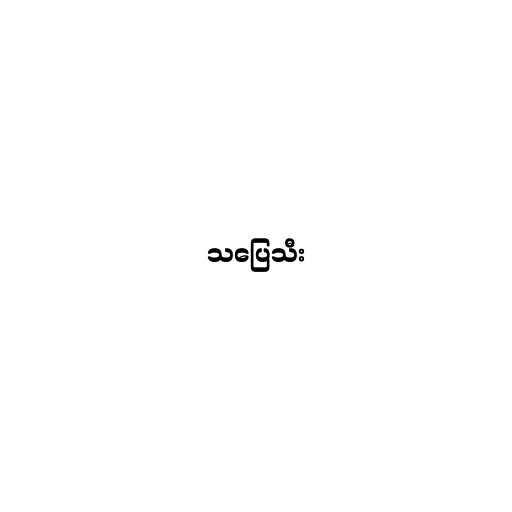
သပြေသီး